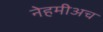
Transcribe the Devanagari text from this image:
नेहमीअच